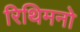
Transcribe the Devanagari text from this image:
रिथिमनो